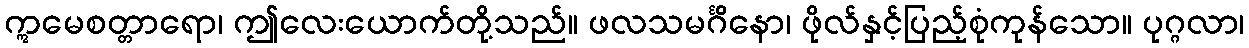
ဣမေစတ္တာရော၊ ဤလေးယောက်တို့သည်။ ဖလသမင်္ဂိနော၊ ဖိုလ်နှင့်ပြည့်စုံကုန်သော။ ပုဂ္ဂလာ၊